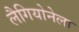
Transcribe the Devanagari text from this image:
लैगियोनेला